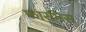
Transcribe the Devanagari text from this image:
फारमिस